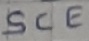
Text: SCE